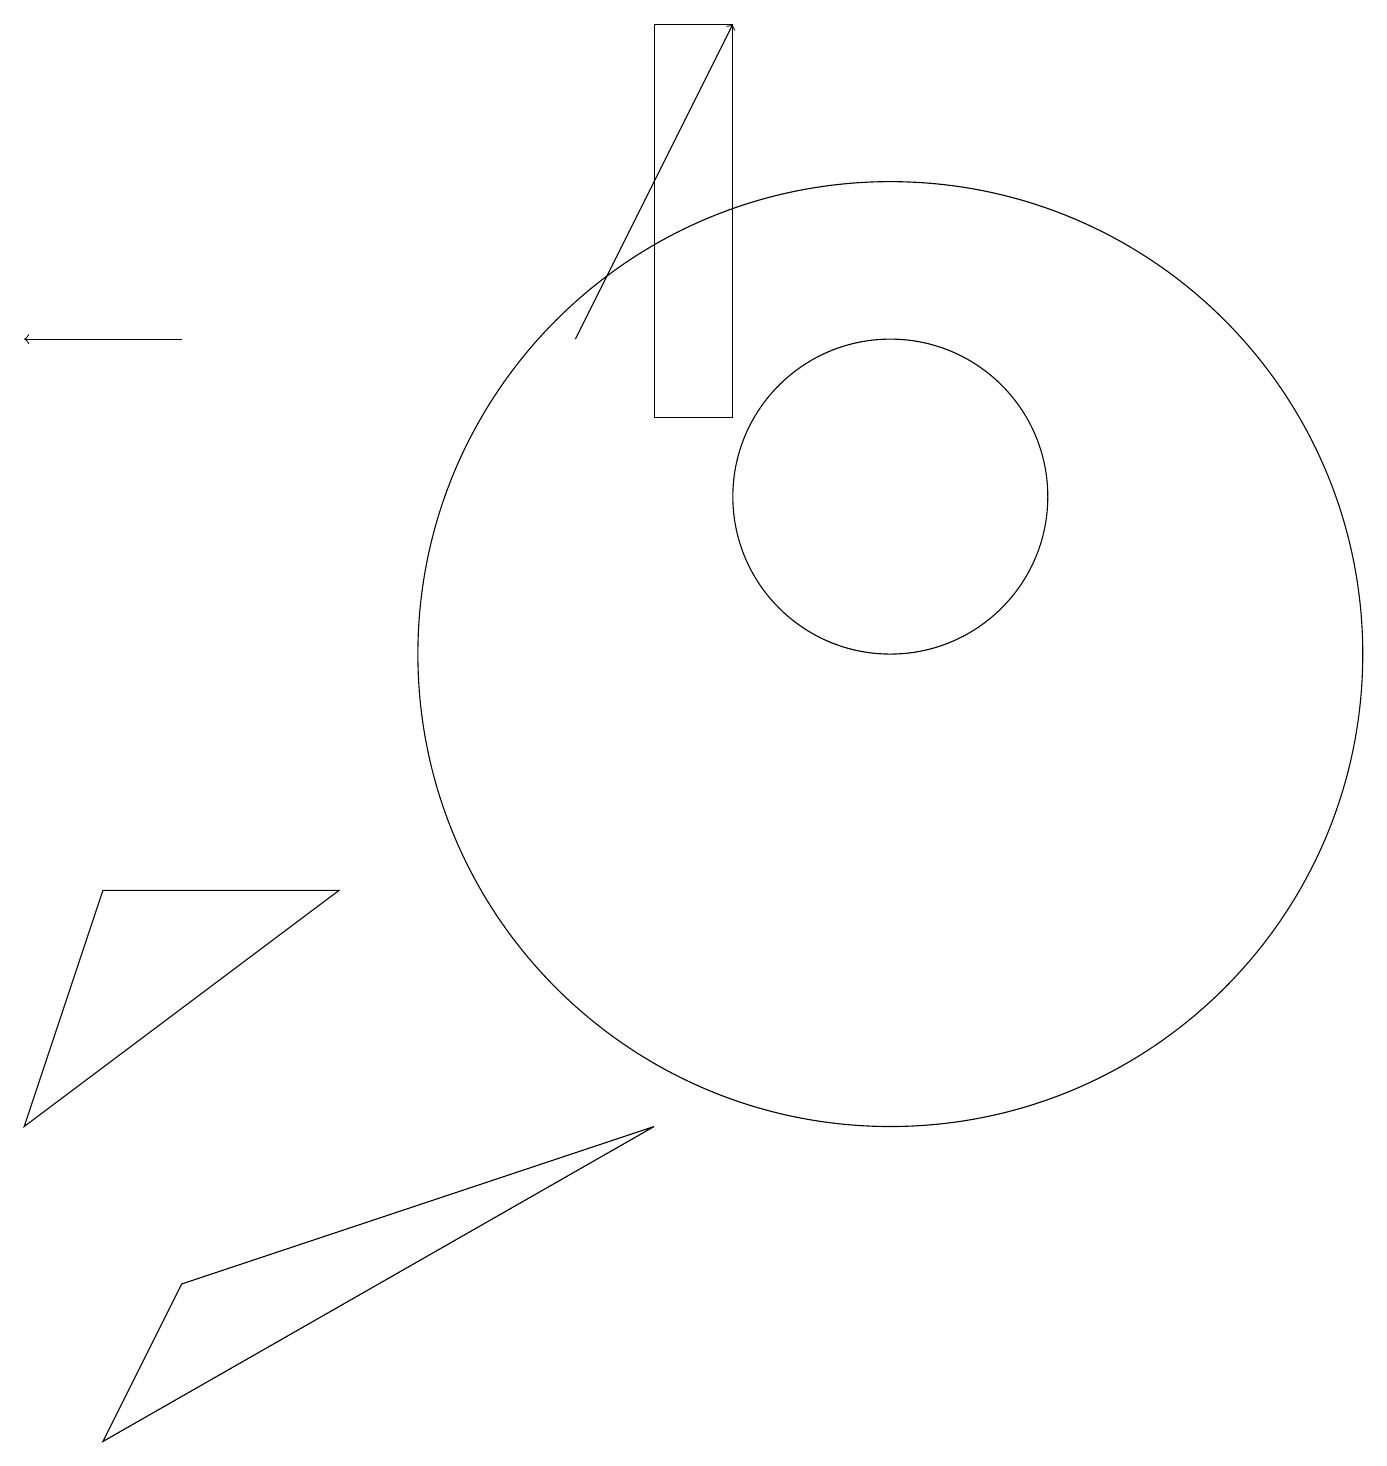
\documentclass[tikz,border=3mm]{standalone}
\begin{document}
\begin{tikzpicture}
\draw (11,10) circle (6);
\draw (0,4) -- (4,7) -- (1,7) -- cycle;
\draw[->] (2,14) -- (0,14);
\draw (11,12) circle (2);
\draw[->] (7,14) -- (9,18);
\draw (1,0) -- (2,2) -- (8,4) -- cycle;
\draw (8,13) rectangle (9,18);
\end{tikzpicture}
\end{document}